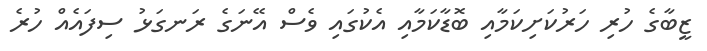
ޒީބާގެ ހުރި ހަރުކަށިކަމާއި ބޮޑާކަމާއި އެކުގައި ވެސް އޭނަގެ ރަނގަޅު ސިފައެއް ހުރެ